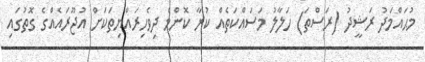
މުޙައްމަދު ރަޝީދު (ރަސްތަ) ހަލާލު މަސައްކަތެއް ކުރާ ކޮންމެ ދިވެހިރައްޔިތަކަށް އުޖޫރައެއްގެ ގޮތުގައި